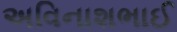
અવિનાશભાઈ